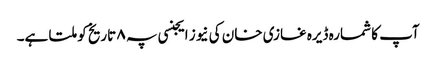
آپ کا شمارہ ڈیرہ غازی خان کی نیوز ایجنسی پہ ۸ تاریخ کو ملتا ہے۔